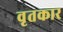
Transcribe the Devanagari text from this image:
वृतकार